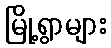
မြို့ရွာများ